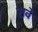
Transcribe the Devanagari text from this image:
सवें